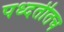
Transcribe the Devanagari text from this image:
पध्दतीतच